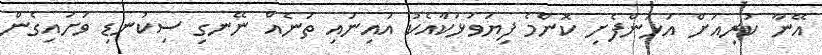
އޭނާ ކުރިއަށް އަޅަންފެށި ކޮންމެ ފިޔަވަޅަކާއެކު އައިނައި ތަނެއް ނޭނގި ސިކުނޑި ވަށައިގެން